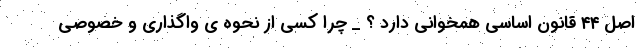
اصل ۴۴ قانون اساسی همخوانی دارد ؟ _ چرا کسی از نحوه ی واگذاری و خصوصی